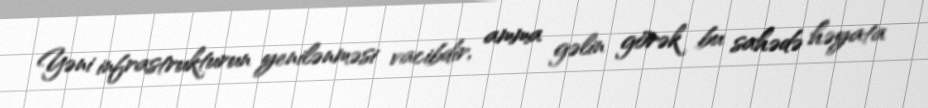
Yəni infrastrukturun yenilənməsi vacibdir, amma gəlin görək bu sahədə həyata